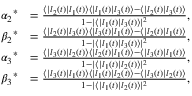
\begin{array} { r l } { { \alpha _ { 2 } } ^ { \ast } } & { = \frac { \langle | l _ { 2 } ( t ) | l _ { 1 } ( t ) \rangle \langle | l _ { 1 } ( t ) | l _ { 3 } ( t ) \rangle - \langle | l _ { 2 } ( t ) | l _ { 3 } ( t ) \rangle } { 1 - | \langle | l _ { 1 } ( t ) | l _ { 3 } ( t ) \rangle | ^ { 2 } } , } \\ { { \beta _ { 2 } } ^ { \ast } } & { = \frac { \langle | l _ { 2 } ( t ) | l _ { 3 } ( t ) \rangle \langle | l _ { 3 } ( t ) | l _ { 1 } ( t ) \rangle - \langle | l _ { 2 } ( t ) | l _ { 1 } ( t ) \rangle } { 1 - | \langle | l _ { 1 } ( t ) | l _ { 3 } ( t ) \rangle | ^ { 2 } } , } \\ { { \alpha _ { 3 } } ^ { \ast } } & { = \frac { \langle | l _ { 3 } ( t ) | l _ { 2 } ( t ) \rangle \langle | l _ { 2 } ( t ) | l _ { 1 } ( t ) \rangle - \langle | l _ { 3 } ( t ) | l _ { 1 } ( t ) \rangle } { 1 - | \langle | l _ { 1 } ( t ) | l _ { 2 } ( t ) \rangle | ^ { 2 } } , } \\ { { \beta _ { 3 } } ^ { \ast } } & { = \frac { \langle | l _ { 3 } ( t ) | l _ { 1 } ( t ) \rangle \langle | l _ { 1 } ( t ) | l _ { 2 } ( t ) \rangle - \langle | l _ { 3 } ( t ) | l _ { 2 } ( t ) \rangle } { 1 - | \langle | l _ { 1 } ( t ) | l _ { 2 } ( t ) \rangle | ^ { 2 } } , } \end{array}